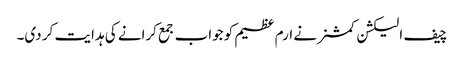
چیف الیکشن کمشنر نے ارم عظیم کو جواب جمع کرانے کی ہدایت کر دی۔